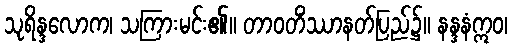
သုရိန္ဒလောက၊ သကြားမင်း၏။ တာဝတိံဿာနတ်ပြည်၌။ နန္ဒနံဣဝ၊